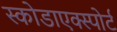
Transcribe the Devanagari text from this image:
स्कोडाएक्स्पोर्ट